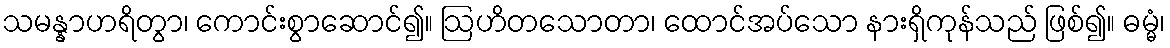
သမန္နာဟရိတွာ၊ ကောင်းစွာဆောင်၍။ ဩဟိတသောတာ၊ ထောင်အပ်သော နားရှိကုန်သည် ဖြစ်၍။ ဓမ္မံ၊